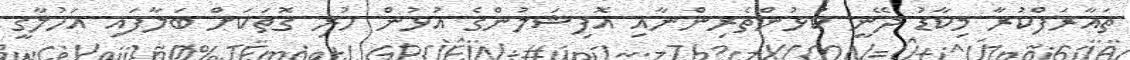
ތައާރަފްކުރާ މިކާޑު ދޭނީ ކުޅުންތެރިންނާއި އޮފިޝަލުންގެ އުޅުން ހުރި ގޮތަކަށް ބަލާފައި އަހުލާގީ